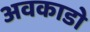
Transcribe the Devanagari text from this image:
अवकाडाे